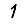
Digit: 1